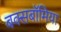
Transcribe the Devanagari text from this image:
बक्सबॉमिया